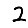
Digit: 2